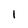
Character: 1